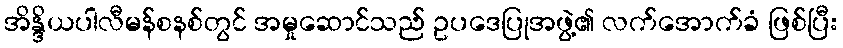
အိန္ဒိယပါလီမန်စနစ်တွင် အမှုဆောင်သည် ဥပဒေပြုအဖွဲ့၏ လက်အောက်ခံ ဖြစ်ပြီး